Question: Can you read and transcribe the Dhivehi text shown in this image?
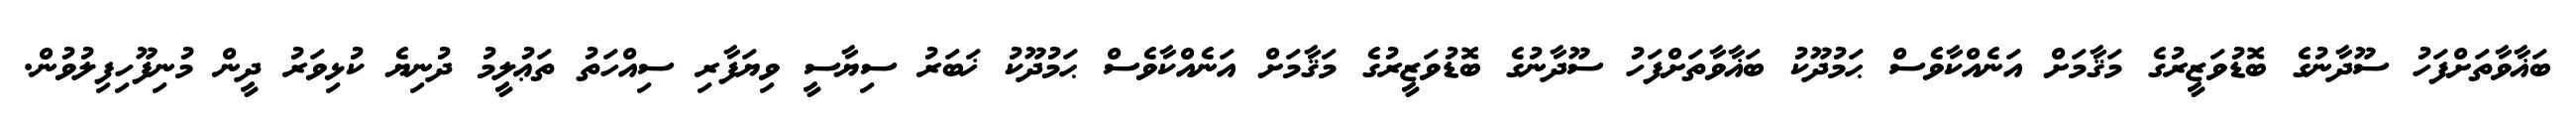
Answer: ބަޣާވާތަށްފަހު ސޫދާނުގެ ބޮޑުވަޒީރުގެ މަޤާމަށް އަނެއްކާވެސް ޙަމުދޫކު ބަޣާވާތަށްފަހު ސޫދާނުގެ ބޮޑުވަޒީރުގެ މަޤާމަށް އަނެއްކާވެސް ޙަމުދޫކު ޚަބަރު ސިޔާސީ ވިޔަފާރި ސިއްހަތު ތަޢުލީމު ދުނިޔެ ކުޅިވަރު ދީން މުނިފޫހިފިލުވުން.